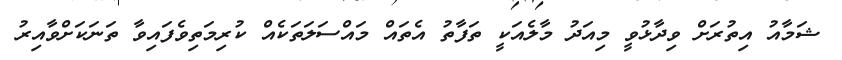
ޝަމާއު އިތުރަށް ވިދާޅުވީ މިއަދު މާލެއަކީ ތަފާތު އެތައް މައްސަލަތަކެއް ކުރިމަތިވެފައިވާ ތަނަކަށްވާއިރު